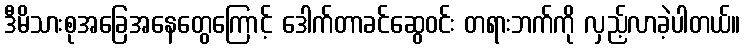
ဒီမိသားစုအခြေအနေတွေကြောင့် ဒေါက်တာခင်ဆွေဝင်း တရားဘက်ကို လှည့်လာခဲ့ပါတယ်။